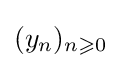
(y_{n})_{n\geqslant 0}